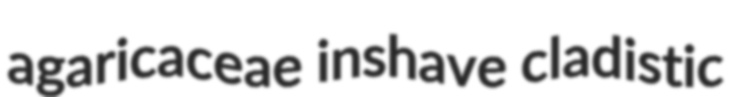
agaricaceae inshave cladistic